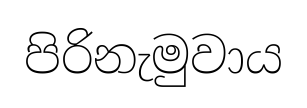
පිරිනැමුවාය